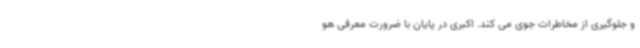
و جلوگیری از مخاطرات جوی می کند. اکبری در پایان با ضرورت معرفی هو